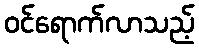
ဝင်ရောက်လာသည့်